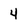
Character: 4